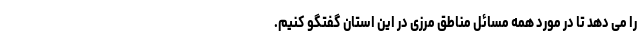
را می دهد تا در مورد همه مسائل مناطق مرزی در این استان گفتگو کنیم.